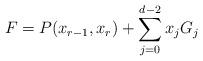
LaTeX: \begin{align*} F = P(x_{r-1}, x_{r}) + \sum_{j=0}^{d-2}x_{j}G_{j} \end{align*}